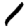
Digit: 1